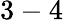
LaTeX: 3-4